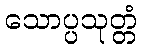
သောပ္ပသုတ္တံ